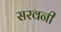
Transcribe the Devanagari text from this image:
सरवनी